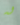
له